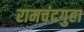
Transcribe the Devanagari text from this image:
रामचंद्रगुहा